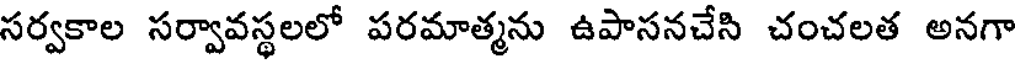
సర్వకాల సర్వావస్థలలో పరమాత్మను ఉపాసనచేసి చంచలత అనగా